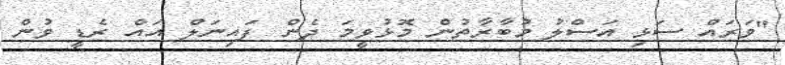
"ވަރައް ސަޅި އަސްލު މުބާރާތުން މޮޅުވީމަ ދެން ފައިނަލް އައް ރެޑީ ވުން